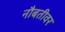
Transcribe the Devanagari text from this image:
नौबतीवर